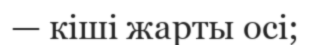
— кіші жарты осі;